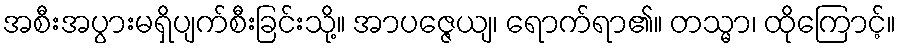
အစီးအပွားမရှိပျက်စီးခြင်းသို့။ အာပဇ္ဇေယျ၊ ရောက်ရာ၏။ တသ္မာ၊ ထိုကြောင့်။